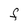
Character: F